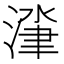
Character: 𰜰